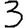
Digit: 3